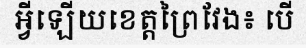
អ្វីឡើយខេត្តព្រៃវែង៖ បើ